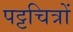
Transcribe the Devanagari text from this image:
पट्टचित्रों